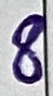
Text: 8